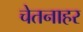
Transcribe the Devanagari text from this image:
चेतनाहर